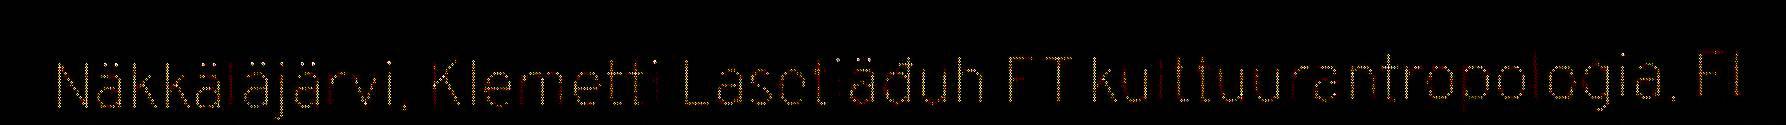
Näkkäläjärvi, Klemetti Lasetiäđuh FT kulttuurantropologia, FL